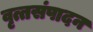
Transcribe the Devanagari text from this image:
वृत्तसंपादन